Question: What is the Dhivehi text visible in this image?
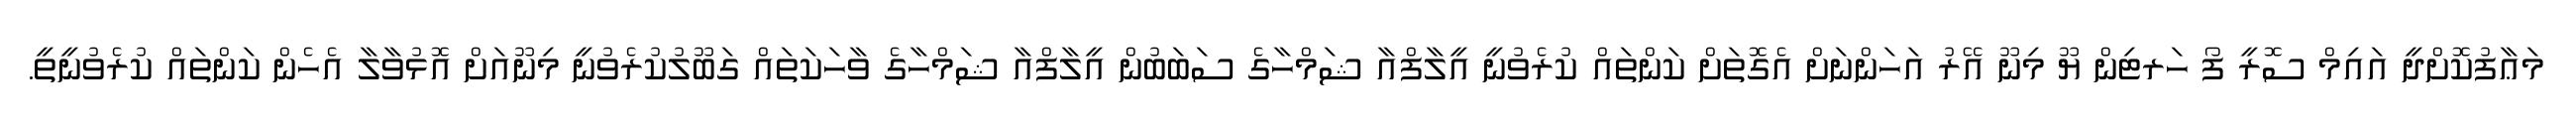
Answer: މަޢާފުކޮށްދީ އައިމް ސޮރީ ފޯ ހަރޓިން ޔޫ މިނޫ އޭރު އަހަންނަށް އެގޮތަށް ކަންތައް ކުރެވުނީ އީލާފްއާ ޝަމްހާގެ ސަބަބުން އީލާފްއާ ޝަމްހާގެ ވާހަކަތައް ގަބޫލުކުރެވުނީ މިނޫއަށް އޮޅުވާލާ އެހެން ކަންތައް ކުރެވުނީތީ.